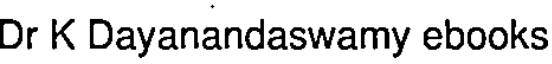
Dr K Dayanandaswamy ebooks